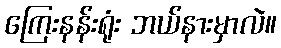
ကြေးနန်းရုံး ဘယ်နားမှာလဲ။